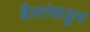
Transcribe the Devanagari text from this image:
बैलांकडून